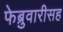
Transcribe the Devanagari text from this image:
फेब्रुवारीसह